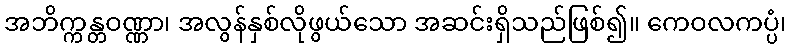
အဘိက္ကန္တဝဏ္ဏာ၊ အလွန်နှစ်လိုဖွယ်သော အဆင်းရှိသည်ဖြစ်၍။ ကေဝလကပ္ပံ၊